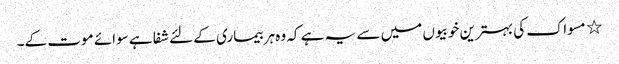
٭ مسواک کی بہترین خوبیوں میں سے یہ ہے کہ وہ ہر بیماری کے لئے شفا ہے سوائے موت کے۔